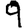
Digit: 9